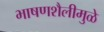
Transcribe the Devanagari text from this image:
भाषणशैलीमुळे